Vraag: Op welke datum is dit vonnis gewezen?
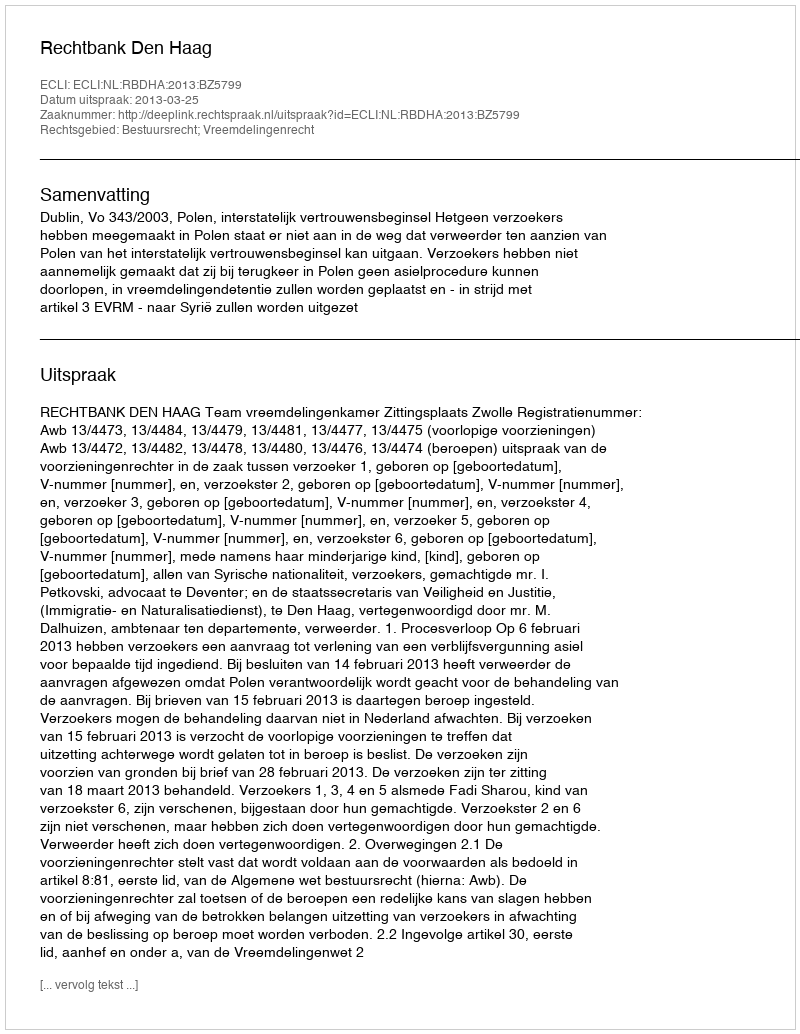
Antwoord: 2013-03-25